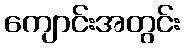
ကျောင်းအတွင်း